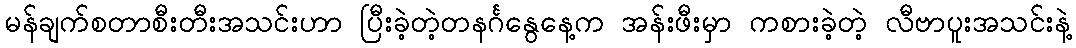
မန်ချက်စတာစီးတီးအသင်းဟာ ပြီးခဲ့တဲ့တနင်္ဂနွေနေ့က အန်းဖီးမှာ ကစားခဲ့တဲ့ လီဗာပူးအသင်းနဲ့